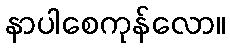
နာပါစေကုန်လော။